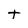
Character: t